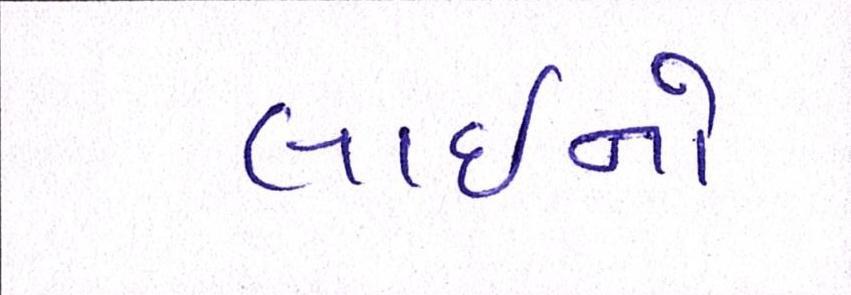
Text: લાઇનો